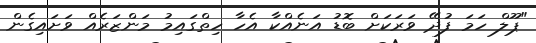
"ޕޫލް ހަމަ ފުދޭ ވަރަކަށް ބޮޑު އަނެއްކާ އެހާ ހިތްގައިމު މަންޒަރެއް ވަށައިގެން